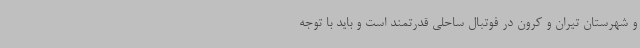
و شهرستان تیران و کرون در فوتبال ساحلی قدرتمند است و باید با توجه